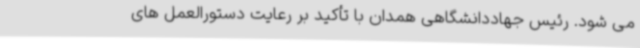
می شود. رئیس جهاددانشگاهی همدان با تأکید بر رعایت دستورالعمل های